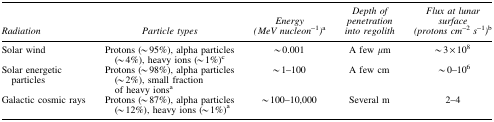
<table><thead><tr><td><b><i>Radiation</i></b></td><td><b><i>Particle types</i></b></td><td><b><i>Energy (MeV nucleon</i><sup>−1</sup><i>)</i><sup>a</sup></b></td><td><b><i>Depth of penetration into regolith</i></b></td><td><b><i>Flux at lunar surface (protons cm</i><sup>−2</sup><i>s</i><sup>−1</sup><i>)</i><sup>b</sup></b></td></tr></thead><tbody><tr><td>Solar wind</td><td>Protons (∼95%), alpha particles (∼4%), heavy ions (∼1%)<sup>c</sup></td><td>∼0.001</td><td>A few μm</td><td>∼3 × 10<sup>8</sup></td></tr><tr><td>Solar energetic particles</td><td>Protons (∼98%), alpha particles (∼2%), small fraction of heavy ions<sup>a</sup></td><td>∼1–100</td><td>A few cm</td><td>∼0–10<sup>6</sup></td></tr><tr><td>Galactic cosmic rays</td><td>Protons (∼87%), alpha particles (∼12%), heavy ions (∼1%)<sup>a</sup></td><td>∼100–10,000</td><td>Several m</td><td>2–4</td></tr></tbody></table>